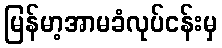
မြန်မာ့အာမခံလုပ်ငန်းမှ